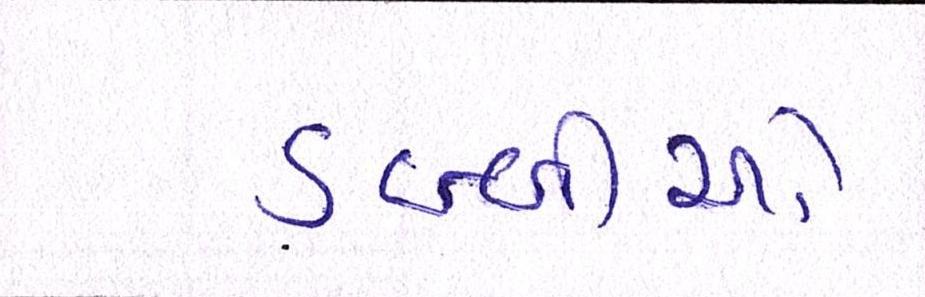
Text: ડબ્બીઓ